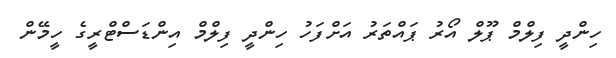
ހިންދީ ފިލްމް ޕޫލް އޯރު ޕައްތަރު އަށްފަހު ހިންދީ ފިލްމް އިންޑަސްޓްރީގެ ހީމޭން